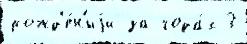
рожд'е́н'иjи за года́х 3